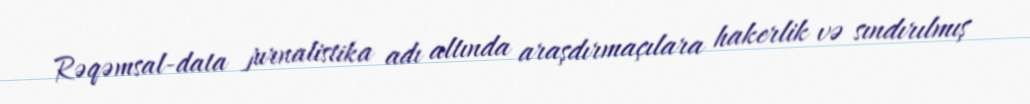
Rəqəmsal-data jurnalistika adı altında araşdırmaçılara hakerlik və sındırılmış